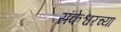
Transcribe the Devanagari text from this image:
संकेश्वरच्या